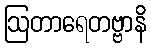
ဩတာရေတဗ္ဗာနိ